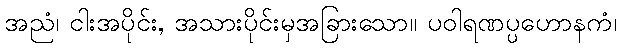
အညံ၊ ငါးအပိုင်း, အသားပိုင်းမှအခြားသော။ ပဝါရဏပ္ပဟောနကံ၊